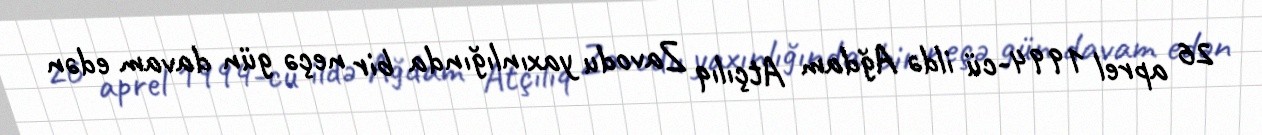
26 aprel 1994-cü ildə Ağdam Atçılıq Zavodu yaxınlığında bir neçə gün davam edən